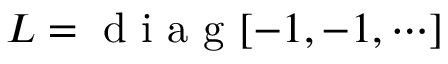
{ \cal L } = \mathrm { ~ d ~ i ~ a ~ g ~ } [ - 1 , - 1 , \cdots ]